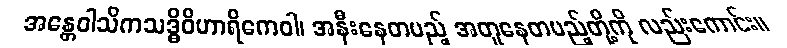
အန္တေဝါသိကသဒ္ဓိဝိဟာရိကေဝါ၊ အနီးနေတပည့် အတူနေတပည့်တို့ကို လည်းကောင်း။